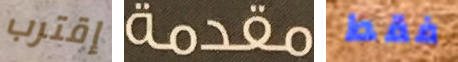
إقترب مقدمة فقط